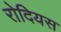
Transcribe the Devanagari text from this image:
रोदियस